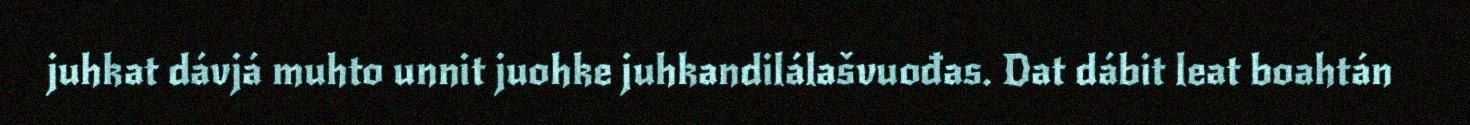
juhkat dávjá muhto unnit juohke juhkandilálašvuođas. Dat dábit leat boahtán